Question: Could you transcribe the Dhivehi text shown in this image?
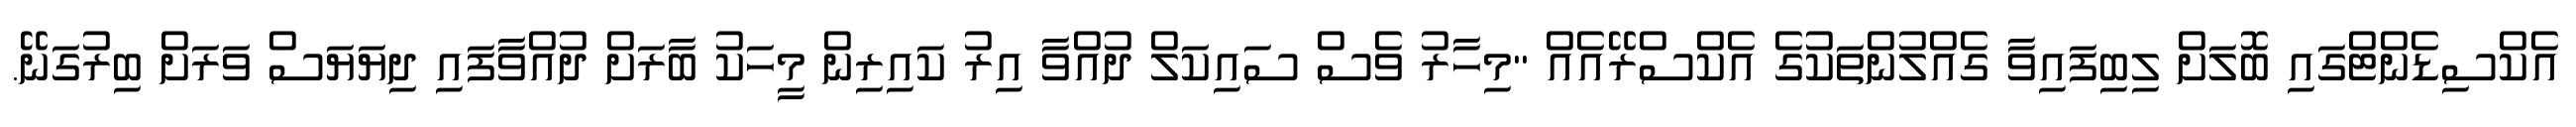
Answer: އެކްސިޑެންޓްގައި ބޮލަށް ލިބިފައިވާ ގެއްލުންތަކުގެ އެކްސްރޭއެއް "މިހާރު ވެސް ސައިކަލް ދުއްވާ އިރު ކައިރިން މީހަކު ބާރަށް ދުއްވާފައި ދިޔަޔަސް ވަރަށް ބިރުގަނޭ.